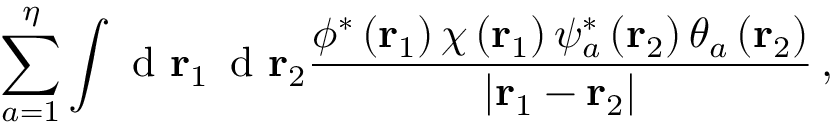
\sum _ { a = 1 } ^ { \eta } \int \textrm { d } \mathbf r _ { 1 } \, \textrm { d } \mathbf r _ { 2 } \frac { \phi ^ { * } \left( \mathbf r _ { 1 } \right) \chi \left( \mathbf r _ { 1 } \right) \psi _ { a } ^ { * } \left( \mathbf r _ { 2 } \right) \theta _ { a } \left( \mathbf r _ { 2 } \right) } { \left| \mathbf r _ { 1 } - \mathbf r _ { 2 } \right| } \, ,